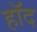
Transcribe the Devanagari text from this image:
हॉद